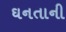
ઘનતાની